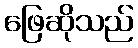
ဖြေဆိုသည်